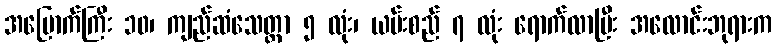
အမြောက်ကြီး ၁၀၊ ကျည်ဆံသေတ္တာ ၅ လုံး၊ ယမ်းစည် ၇ လုံး ရောက်လာပြီး အလောင်းဘုရားက